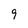
Character: 9